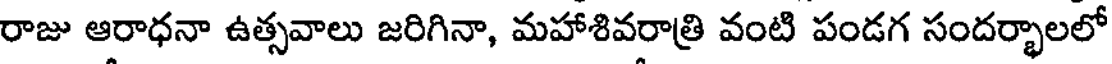
రాజు ఆరాధనా ఉత్సవాలు జరిగినా, మహాశివరాత్రి వంటి పండగ సందర్భాలలో